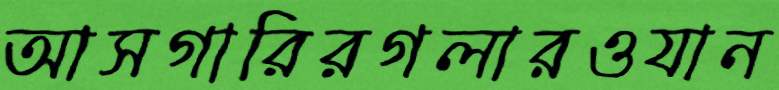
আসগারিরগলারওযান